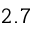
2 . 7